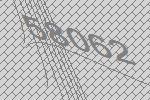
58062